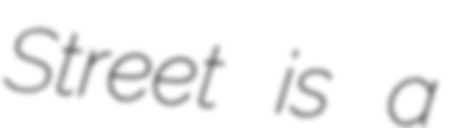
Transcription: Street is a